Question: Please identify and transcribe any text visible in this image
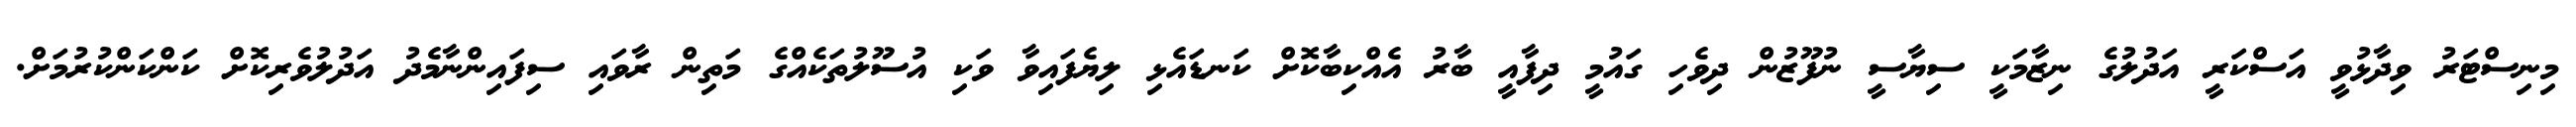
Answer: މިނިސްޓަރު ވިދާޅުވީ އަސްކަރީ އަދުލުގެ ނިޒާމަކީ ސިޔާސީ ނުފޫޒުން ދިވެހި ގައުމީ ދިފާއީ ބާރު އެއްކިބާކޮށް ކަނޑައެޅި ލިޔެފައިވާ ވަކި އުސޫލުތަކެއްގެ މަތިން ރާވައި ސިފައިންނާމެދު އަދުލުވެރިކޮށް ކަންކަންކުރުމަށް.